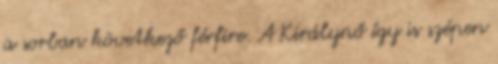
a sorban következő férfire. A Királynő így is szépen